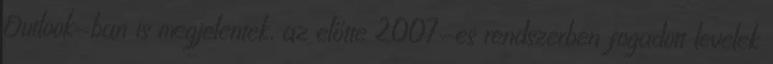
Outlook-ban is megjelentek, az előtte 2007-es rendszerben fogadott levelek